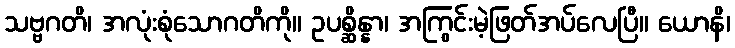
သဗ္ဗဂတိ၊ အလုံးစုံသောဂတိကို။ ဥပစ္ဆိန္နာ၊ အကြွင်းမဲ့ဖြတ်အပ်လေပြီ။ ယောနိ၊